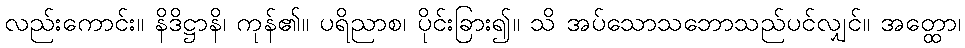
လည်းကောင်း။ နိဒိဋ္ဌာနိ၊ ကုန်၏။ ပရိညာစ၊ ပိုင်းခြား၍။ သိ အပ်သောသဘောသည်ပင်လျှင်။ အတ္ထော၊